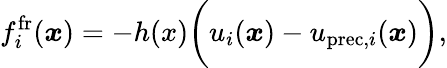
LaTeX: f_{i}^{\mathrm{fr}}(\boldsymbol{x})=-h(x)\biggl(u_{i}(\boldsymbol{x})-u_{\mathrm{prec},i}(\boldsymbol{x})\biggl),